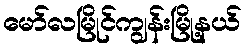
မော်လမြိုင်ကျွန်းမြို့နယ်